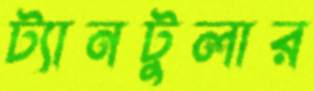
ট্যানটুলার